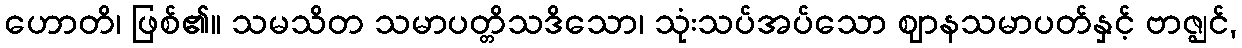
ဟောတိ၊ ဖြစ်၏။ သမသိတ သမာပတ္တိသဒိသော၊ သုံးသပ်အပ်သော ဈာနသမာပတ်နှင့် ဗာဇ္ဈင်,